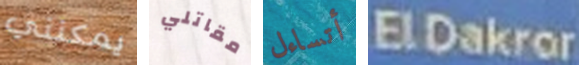
يمكنني مقاتلي أتساءل ElDakror